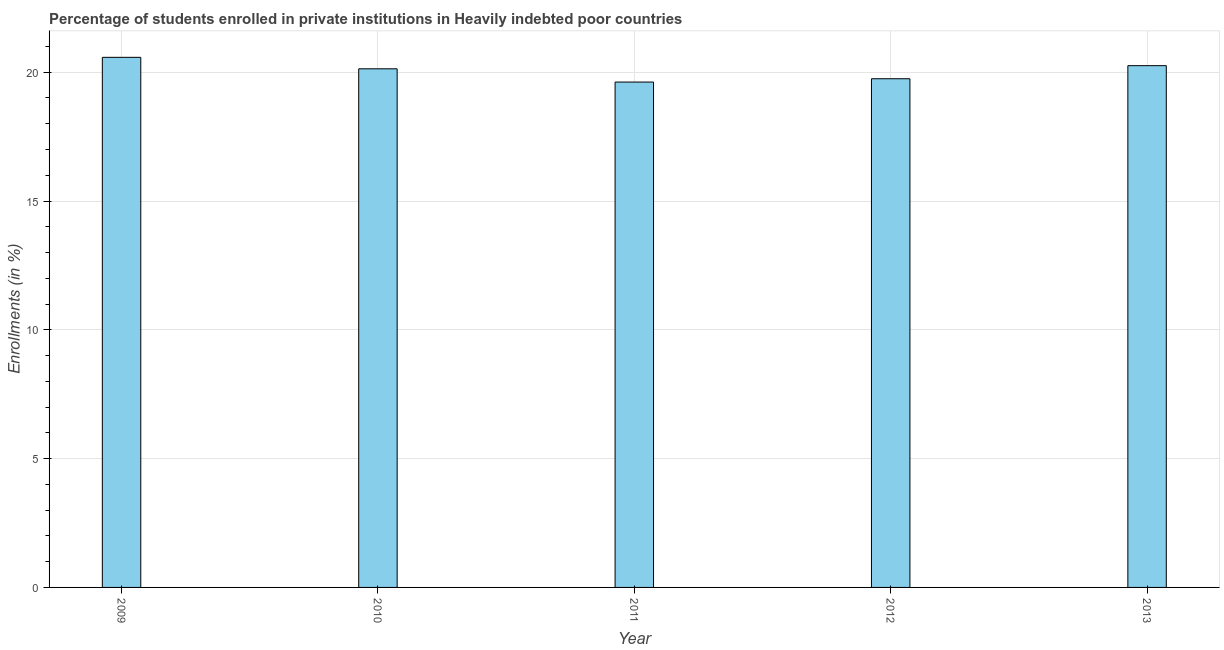
| Year | Enrollments |
 | --- | --- |
 | 2009 | 20.6 |
 | 2010 | 20.1 |
 | 2011 | 19.6 |
 | 2012 | 19.7 |
 | 2013 | 20.3 |